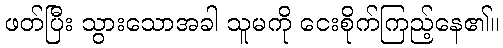
ဖတ်ပြီး သွားသောအခါ သူမကို ငေးစိုက်ကြည့်နေ၏။